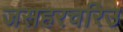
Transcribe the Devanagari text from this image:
जसहरचरिउ